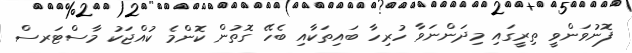
ފޮނުވަންވީ ތިރީގައި މިދަންނަވާ ހުރިހާ ބައިތަކާއި ބެހޭ ގޮތުން ކޮންމެ ކުއްޖަކު މާސްޓަރސް